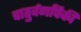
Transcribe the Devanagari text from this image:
चातुर्वर्णांपैकी